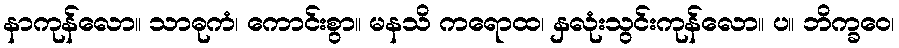
နာကုန်လော။ သာဓုကံ၊ ကောင်းစွာ။ မနသိ ကရောထ၊ နှလုံးသွင်းကုန်လော။ ပ။ ဘိက္ခဝေ၊